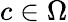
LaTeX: c\in\Omega